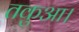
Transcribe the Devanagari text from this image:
तकुआ।